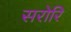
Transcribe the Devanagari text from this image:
सरोरि